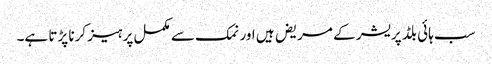
سب ہائی بلڈ پریشر کے مریض ہیں اور نمک سے مکمل پرہیز کرنا پڑتا ہے۔